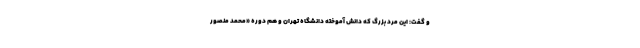
و گفت: این مرد بزرگ که دانش آموخته دانشگاه تهران و هم دوره «محمد منصور